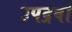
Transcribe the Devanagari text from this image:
उपद्रवो